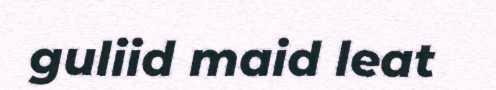
guliid maid leat